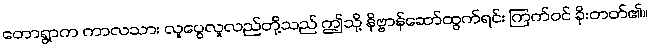
တောရွာက ကာလသား လူပွေလူလည်တို့သည် ဤသို့ နိဗ္ဗာန်ဆော်ထွက်ရင်း ကြက်ဝင် ခိုးတတ်၏။